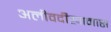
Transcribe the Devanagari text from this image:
अलीवर्दीखानास